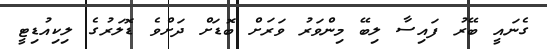
ގެނައީ ބޭރު ފައިސާ ލިބޭ މިންވަރު ވަރަށް ބޮޑަށް ދަށްވެ ޑޮލަރުގެ ލިކިއުޑިޓީ